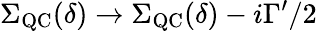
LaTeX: \Sigma_{\mathrm{QC}}(\delta)\rightarrow\Sigma_{\mathrm{QC}}(\delta)-i\Gamma^{\prime}/2